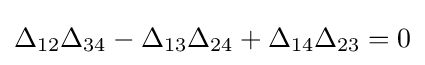
\Delta _{12}\Delta _{34}-\Delta _{13}\Delta _{24}+\Delta _{14}\Delta _{23}=0